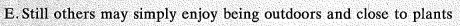
E.Still others may simply enjoy being outdoors and close to plants